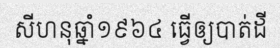
សីហនុឆ្នាំ១៩៦៤ ធ្វើឲ្យបាត់ដី